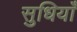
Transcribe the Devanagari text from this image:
सुधियाँ